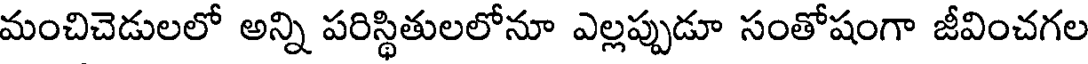
మంచిచెడులలో అన్ని పరిస్థితులలోనూ ఎల్లప్పుడూ సంతోషంగా జీవించగల